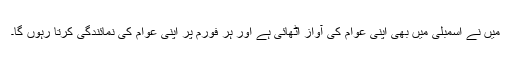
میں نے اسمبلی میں بھی اپنی عوام کی آواز اٹھائی ہے اور ہر فورم پر اپنی عوام کی نمائندگی کرتا رہوں گا۔